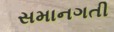
સમાનગતી